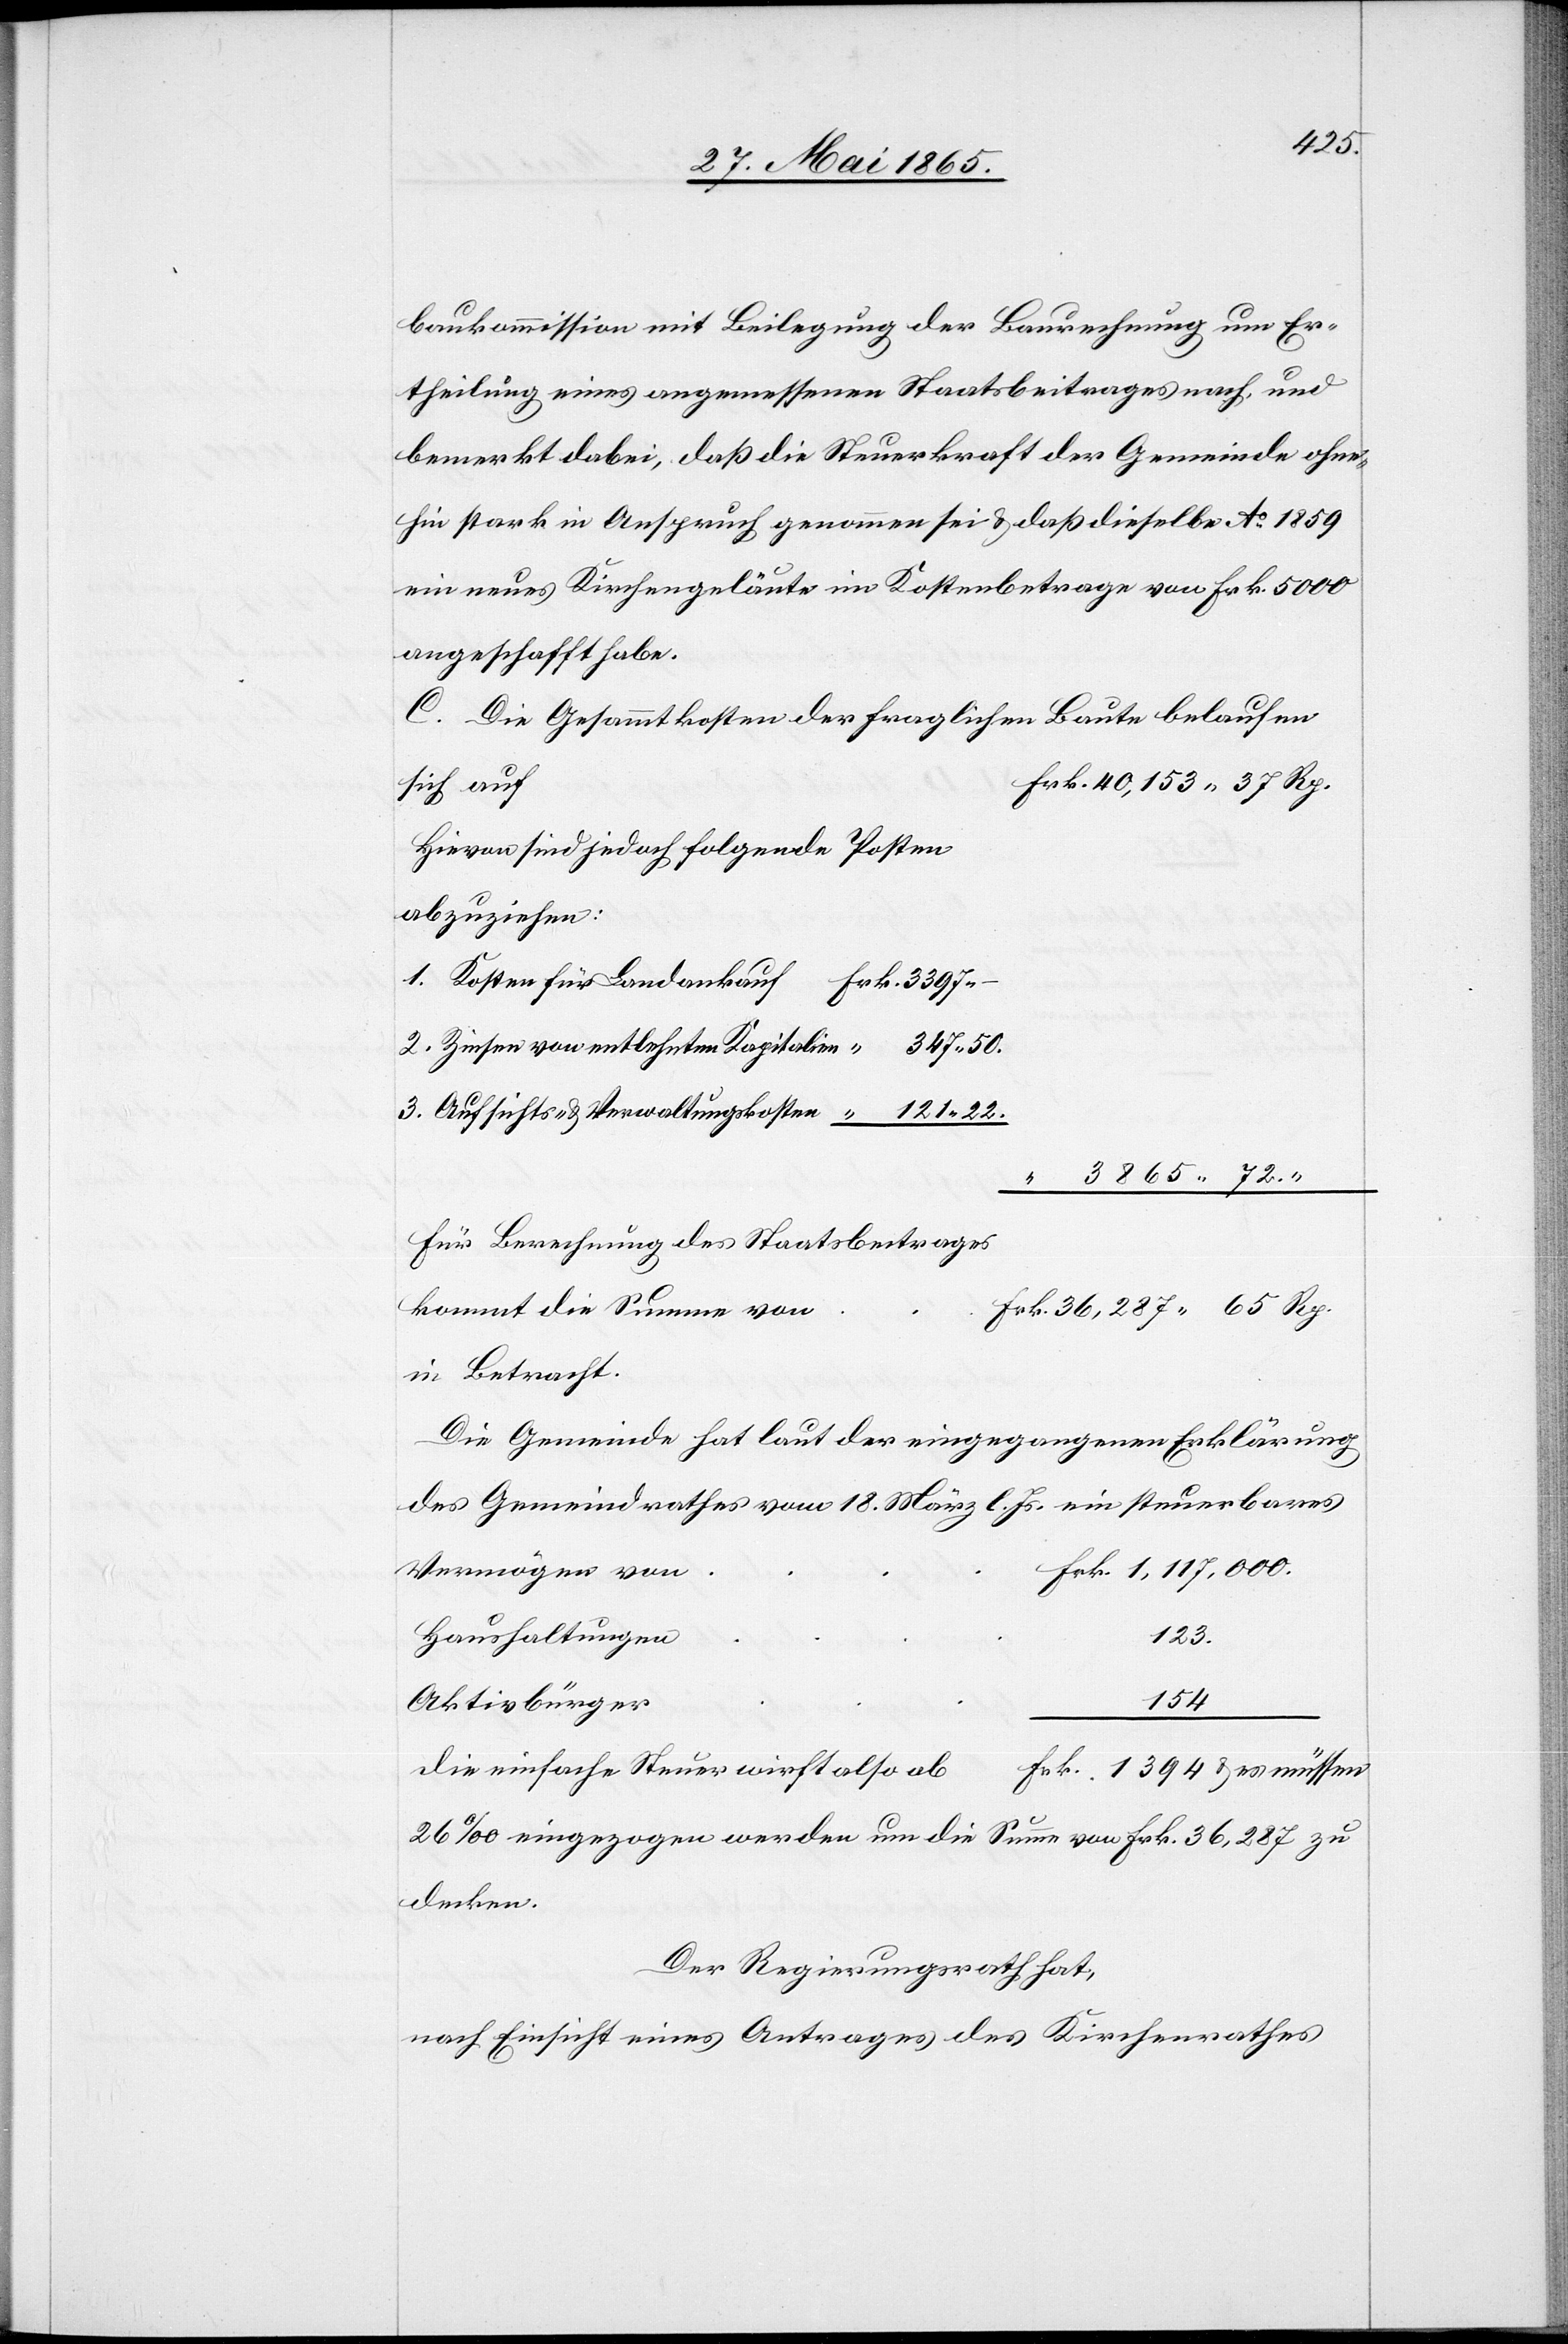
000.
baukommission mit Beilegung der Baurechnung um Er¬
theilung eines angemessenen Staatsbeitrages nach, und
bemerkt dabei, daß die Steuerkraft der Gemeinde ohne¬
hin stark in Anspruch genommen sei & daß dieselbe Ao 1859
ein neues Kirchengeläute im Kostenbetrage von Frk. 5000
angeschafft habe.
C. Die Gesammtkosten der fraglichen Baute belaufen
sich auf
Hievon sind jedoch folgende Posten
abzuziehen:
2. Zinsen von entlehnten Kapitalien
Für Berechnung des Staatsbeitrages
kommt die Summe von
in Betracht.
Die Gemeinde hat laut der eingegangenen Erklärung
des Gemeindrathes vom 18. März l. Js. ein steuerbares
Vermögen von
Haushaltungen
123.
Aktivbürger
1394
es
Die einfache Steuer wirft also ab
26 ‰ eingezogen werden um die Summe von Frk. 36,287 zu
decken.
Der Regierungsrath hat,
nach Einsicht eines Antrages des Kirchenrathes